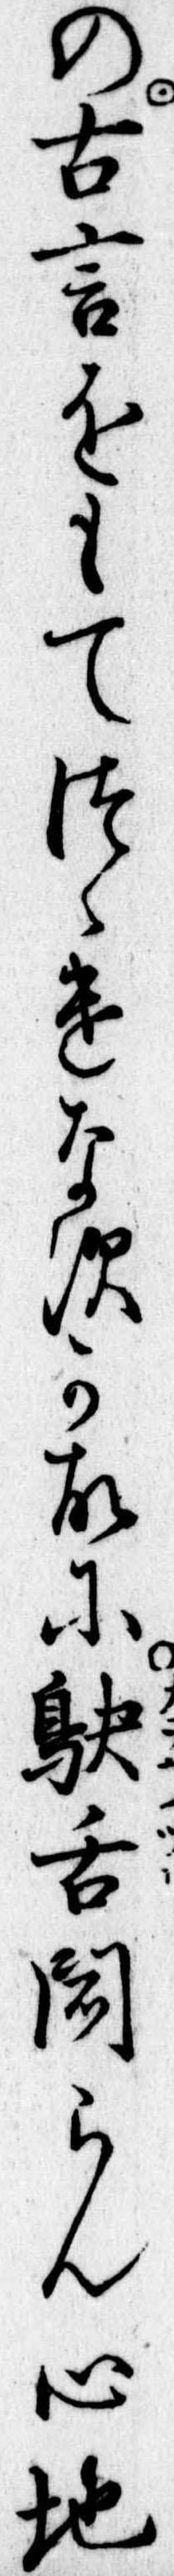
の古言をもてつゝけなすか故に鴃舌聞らん心地